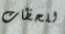
للحظات